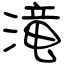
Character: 滝